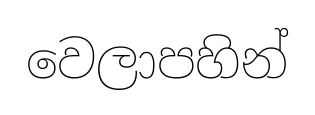
වෙලාපහින්